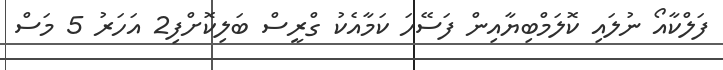
ފަލްކާއޯ ނުލައި ކޮލަމްބިޔާއިން ފަސޭހަ ކަމާއެކު ގްރީސް ބަލިކޮށްފި2 އަހަރު 5 މަސް